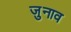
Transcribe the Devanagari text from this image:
जुनाव